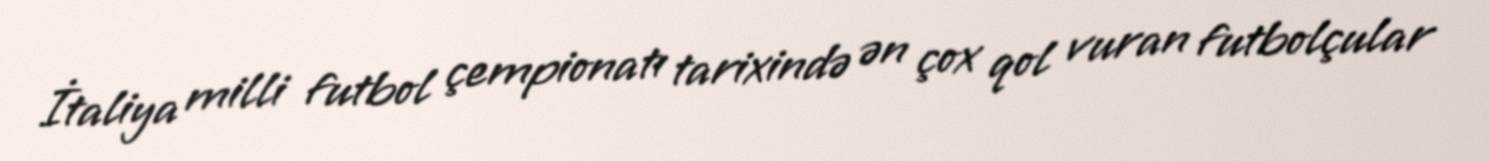
İtaliya milli futbol çempionatı tarixində ən çox qol vuran futbolçular